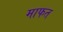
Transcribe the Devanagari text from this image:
माफत